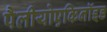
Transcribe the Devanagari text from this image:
पैलीयोएकिनॉइड